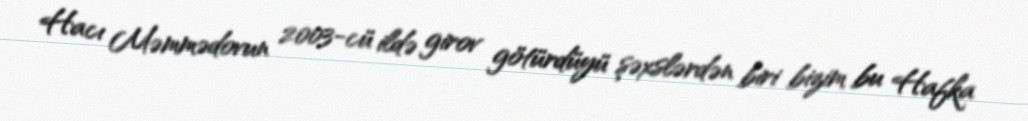
Hacı Məmmədovun 2003-cü ildə girov götürdüyü şəxslərdən biri bizim bu Hafka